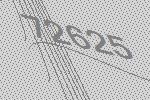
72625